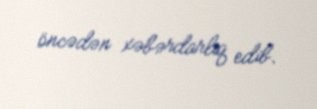
öncədən xəbərdarlıq edib.